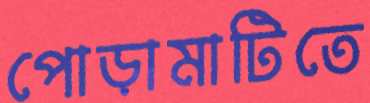
পোড়ামাটিতে